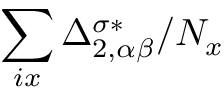
\sum _ { i x } \Delta _ { 2 , \alpha \beta } ^ { \sigma * } / N _ { x }